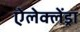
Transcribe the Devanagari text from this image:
ऐलेक्लेंड्रा